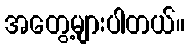
အတွေ့များပါတယ်။